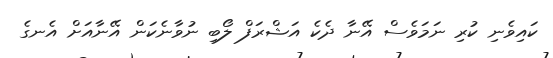
ކައިވެނި ކުރި ނަމަވެސް އޭނާ ދެކެ އަޝްރަފް ލޯބި ނުވާނެކަން އޭނާއަށް އެނގެ